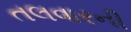
તલવારની